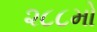
૨૮૮મો